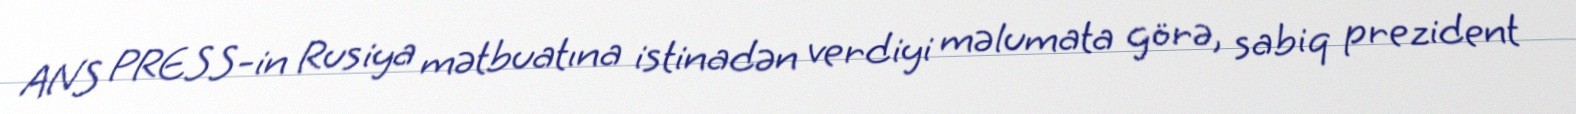
ANS PRESS-in Rusiya mətbuatına istinadən verdiyi məlumata görə, sabiq prezident